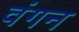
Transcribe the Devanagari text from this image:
वंगन